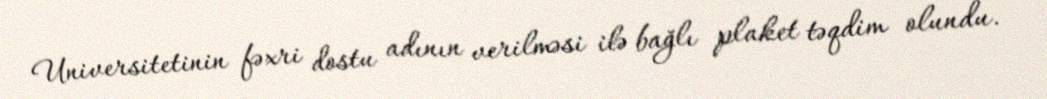
Universitetinin fəxri dostu adının verilməsi ilə bağlı plaket təqdim olundu.